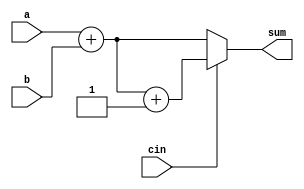
module carry_select_adder(
    input [31:0] a,
    input [31:0] b,
    input cin,
    output reg [31:0] sum
);

reg [31:0] sum0, sum1;

// Carry-select stage
assign sum0 = a + b;
assign sum1 = a + b + 1;

always @* begin
    if(cin == 0) begin
        sum = sum0;
    end else begin
        sum = sum1;
    end
end

endmodule